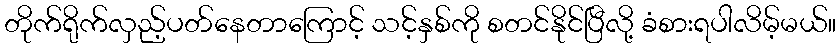
တိုက်ရိုက်လှည့်ပတ်နေတာကြောင့် သင့်နှစ်ကို စတင်နိုင်ပြီလို့ ခံစားရပါလိမ့်မယ်။